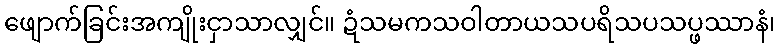
ဖျောက်ခြင်းအကျိုးငှာသာလျှင်။ ဍံသမကသဝါတာယသပရိသပသပ္ဖဿာနံ၊